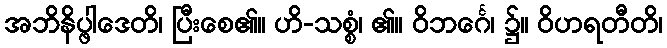
အဘိနိပ္ဖါဒေတိ၊ ပြီးစေ၏။ ဟိ-သစ္စံ၊ ၏။ ဝိဘင်္ဂေ၊ ၌။ ဝိဟရတီတိ၊